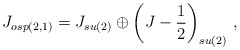
\begin{align*}J_{osp(2,1)} = J_{su(2)} \oplus \left(J - \frac{1}{2}\right)_{su(2)}\,,\end{align*}